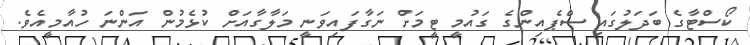
ކޯސްޓާގެ ބަދަލުގައި ސްޕެއިންގެ ގައުމީ ޓީމަށް ނަގާފައިވަނީ މަލާގާއަށް ކުޅެމުން އަންނަ ހުއާމީއެވެ.